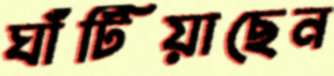
ঘাঁটিয়াছেন